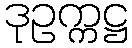
ဒုဥက္ကဋ္ဌ